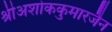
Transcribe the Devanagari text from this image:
श्रीअशोककुमारजैन